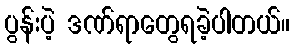
ပွန်းပဲ့ ဒဏ်ရာတွေရခဲ့ပါတယ်။